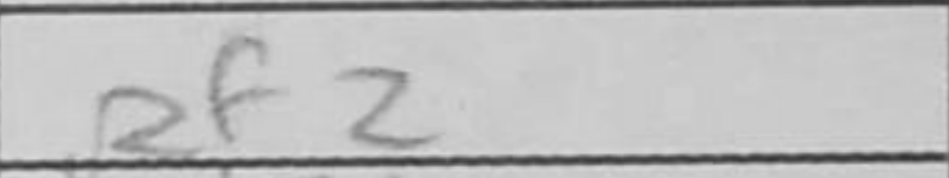
Transcription: Rf2